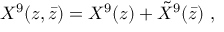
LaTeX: X ^ { 9 } ( z , \bar { z } ) = X ^ { 9 } ( z ) + { \tilde { X } } ^ { 9 } ( \bar { z } ) \ ,